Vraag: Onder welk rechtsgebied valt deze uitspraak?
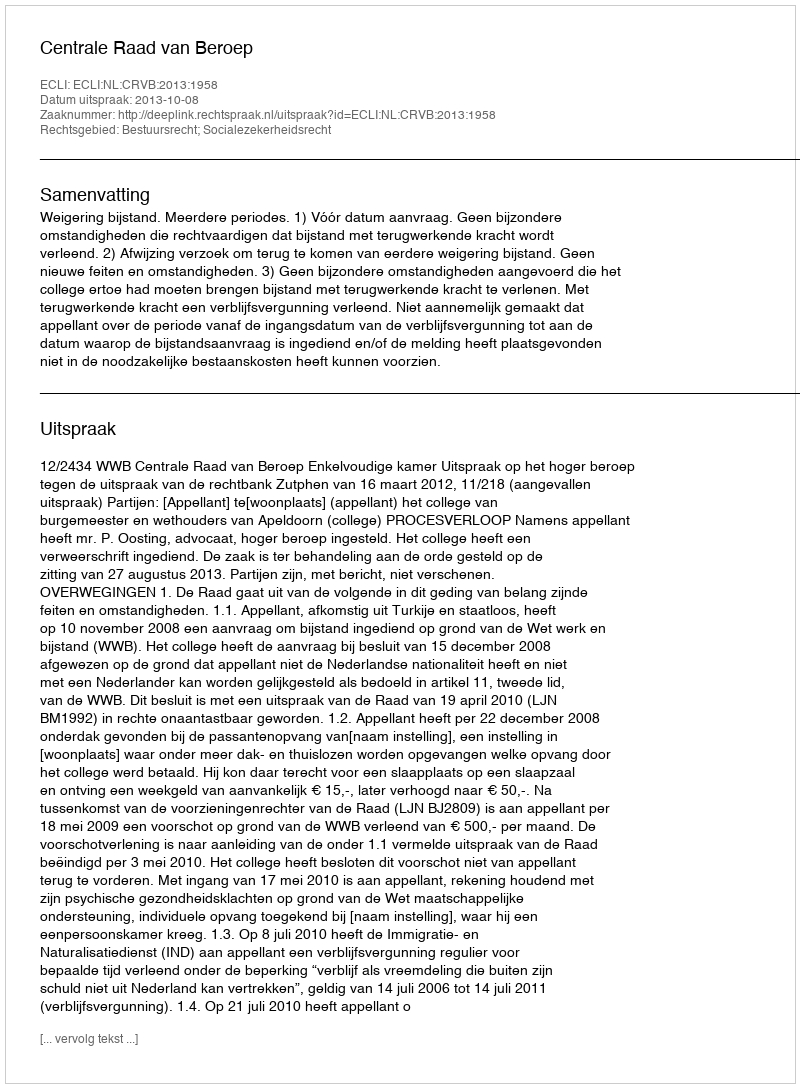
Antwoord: Bestuursrecht; Socialezekerheidsrecht